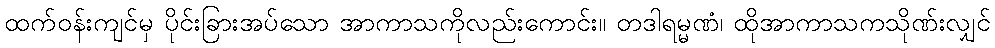
ထက်ဝန်းကျင်မှ ပိုင်းခြားအပ်သော အာကာသကိုလည်းကောင်း။ တဒါရမ္မဏံ၊ ထိုအာကာသကသိုဏ်းလျှင်